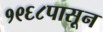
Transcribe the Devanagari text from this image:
१९६८पासून